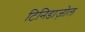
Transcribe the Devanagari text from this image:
टिनिडाज़ोल